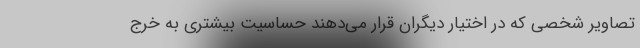
تصاویر شخصی که در اختیار دیگران قرار می‌دهند حساسیت بیشتری به خرج